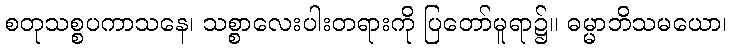
စတုသစ္စပကာသနေ၊ သစ္စာလေးပါးတရားကို ပြတော်မူရာ၌။ ဓမ္မာဘိသမယော၊